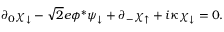
\partial _ { 0 } \chi _ { \downarrow } - \sqrt { 2 } e \phi ^ { * } \psi _ { \downarrow } + \partial _ { - } \chi _ { \uparrow } + i \kappa \chi _ { \downarrow } = 0 .